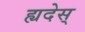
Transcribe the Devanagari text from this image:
ह्यदेस्